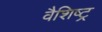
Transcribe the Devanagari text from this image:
वैशिष्ट्र